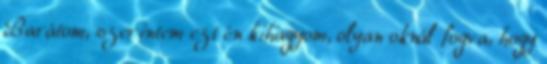
Barátom, szerintem ezt én kihagyom, olyan oknál fogva, hogy